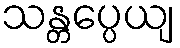
သန္တပ္ပေယျ